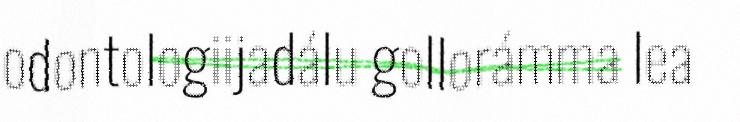
odontologiijadálu gollorámma lea